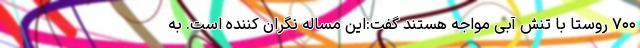
۷۰۰ روستا با تنش آبی مواجه هستند گفت:این مساله نگران کننده است. به